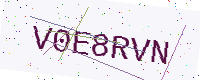
Text: V0E8RVN